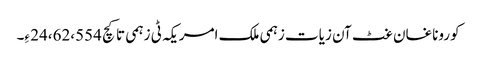
کوروناغان غٹ آن زیات زہمی ملک امریکہ ٹی زہمی تا کچ 24،62،554 ءِ۔